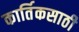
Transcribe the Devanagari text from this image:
कार्तिकसाठी